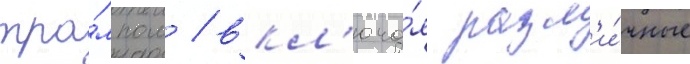
тра́мпом / вкл'юча́я разл'и́чные